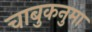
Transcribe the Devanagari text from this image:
चाबुकनुमा